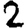
Digit: 2